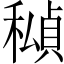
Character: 𥢆